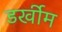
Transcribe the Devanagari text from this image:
डर्खीम